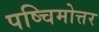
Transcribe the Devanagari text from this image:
पष्चिमोत्तर